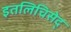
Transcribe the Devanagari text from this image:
इतलिचिसेद्